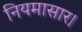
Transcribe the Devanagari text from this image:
नियमासार।